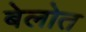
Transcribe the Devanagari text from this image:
बेलोत